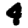
Digit: 4